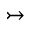
\rightarrowtail